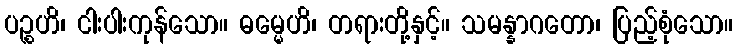
ပဉ္စဟိ၊ ငါးပါးကုန်သော။ ဓမ္မေဟိ၊ တရားတို့နှင့်။ သမန္နာဂတော၊ ပြည့်စုံသော။